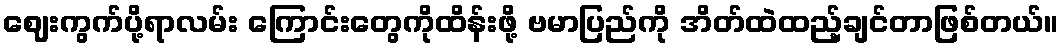
ဈေးကွက်ပို့ရာလမ်း ကြောင်းတွေကိုထိန်းဖို့ ဗမာပြည်ကို အိတ်ထဲထည့်ချင်တာဖြစ်တယ်။